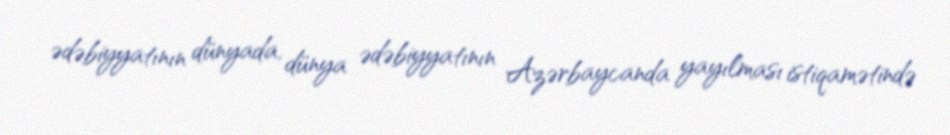
ədəbiyyatının dünyada, dünya ədəbiyyatının Azərbaycanda yayılması istiqamətində